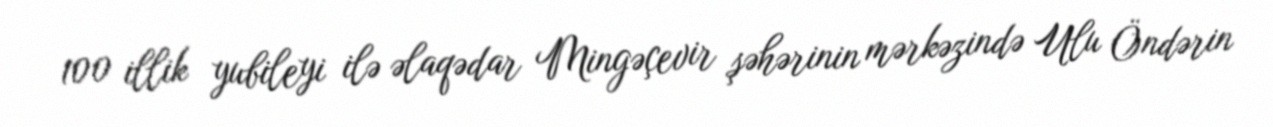
100 illik yubileyi ilə əlaqədar Mingəçevir şəhərinin mərkəzində Ulu Öndərin